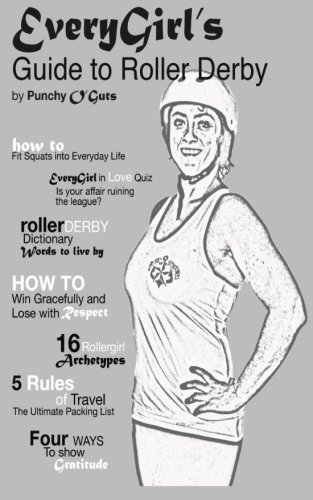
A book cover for EveryGirl's Guide to Roller Derby: A Navigational Guide through the World of Roller Derby; Punchy O'Guts; Sports & Outdoors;